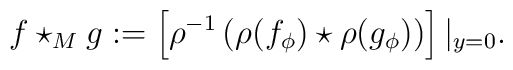
f\star_M g:=  \left[\rho^{-1}\left(\rho(f_\phi)\star\rho(g_\phi)\right)\right]|_{y=0}.